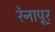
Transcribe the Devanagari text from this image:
रेनापूर्